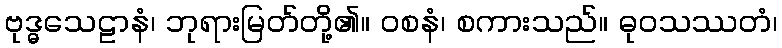
ဗုဒ္ဓသေဠာနံ၊ ဘုရားမြတ်တို့၏။ ဝစနံ၊ စကားသည်။ ဓုဝသဿတံ၊